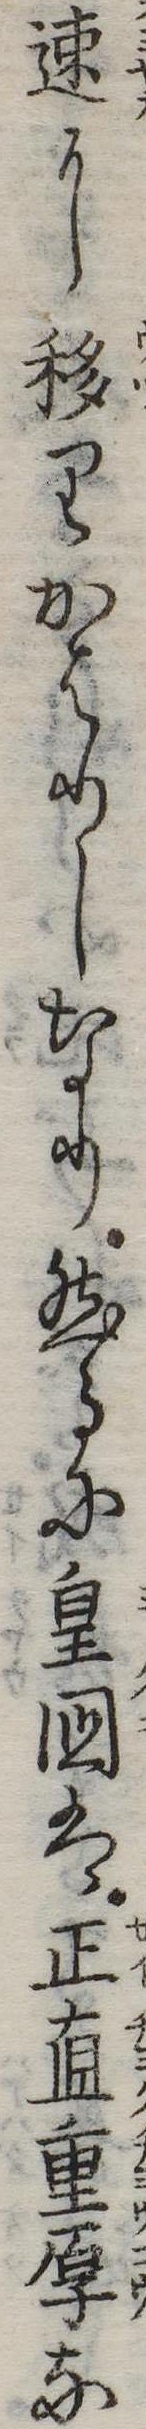
速に移りかはりしなり然るに皇国は正直重厚な